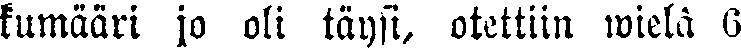
kumääri ja oli täysi, otettiin wielä 6